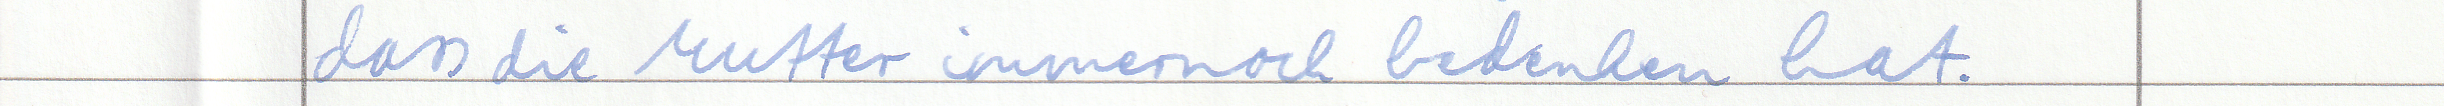
dass die Mutter immernoch bedenken hat.